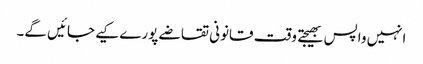
انہیں واپس بھیجتے وقت قانونی تقاضے پورے کیے جائیں گے۔